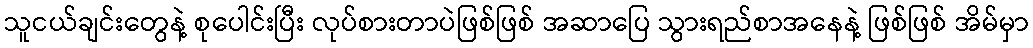
သူငယ်ချင်းတွေနဲ့ စုပေါင်းပြီး လုပ်စားတာပဲဖြစ်ဖြစ် အဆာပြေ သွားရည်စာအနေနဲ့ ဖြစ်ဖြစ် အိမ်မှာ